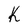
Character: K